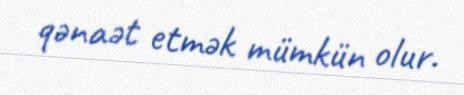
qənaət etmək mümkün olur.